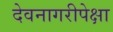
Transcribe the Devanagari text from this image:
देवनागरीपेक्षा